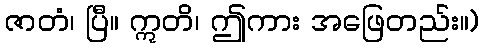
ဇာတံ၊ ပြီ။ ဣတိ၊ ဤကား အဖြေတည်း။)